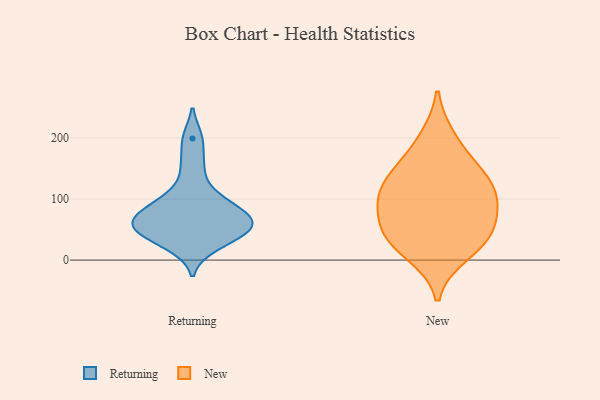
{"axis": {"x": "Website Visitors", "y": "Value"}, "legend": ["New", "Returning"], "data": [{"x": "", "y": 74, "type": "Returning"}, {"x": "", "y": 153, "type": "Returning"}, {"x": "", "y": 105, "type": "Returning"}, {"x": "", "y": 47, "type": "Returning"}, {"x": "", "y": 37, "type": "Returning"}, {"x": "", "y": 199, "type": "Returning"}, {"x": "", "y": 23, "type": "Returning"}, {"x": "", "y": 51, "type": "Returning"}, {"x": "", "y": 96, "type": "Returning"}, {"x": "", "y": 61, "type": "Returning"}, {"x": "", "y": 70, "type": "Returning"}, {"x": "", "y": 65, "type": "Returning"}, {"x": "", "y": 10, "type": "New"}, {"x": "", "y": 43, "type": "New"}, {"x": "", "y": 155, "type": "New"}, {"x": "", "y": 106, "type": "New"}, {"x": "", "y": 136, "type": "New"}, {"x": "", "y": 122, "type": "New"}, {"x": "", "y": 44, "type": "New"}, {"x": "", "y": 200, "type": "New"}, {"x": "", "y": 85, "type": "New"}, {"x": "", "y": 88, "type": "New"}, {"x": "", "y": 33, "type": "New"}]}